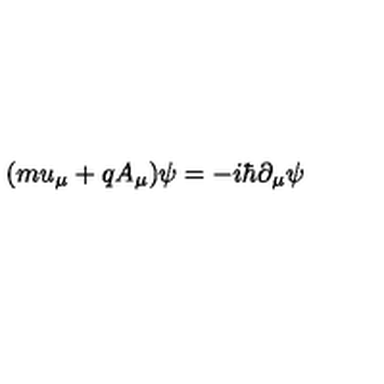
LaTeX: ( m u _ { \mu } + q A _ { \mu } ) \psi = - i \hbar \partial _ { \mu } \psi